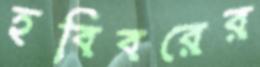
হবিবরের